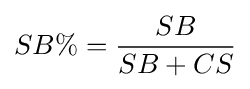
SB\%={\frac {SB}{SB+CS}}